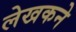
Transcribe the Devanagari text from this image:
लेखकने